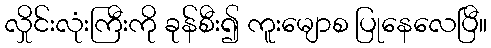
လှိုင်းလုံးကြီးကို ခုန်စီး၍ ကူးမျောစ ပြုနေလေပြီ။